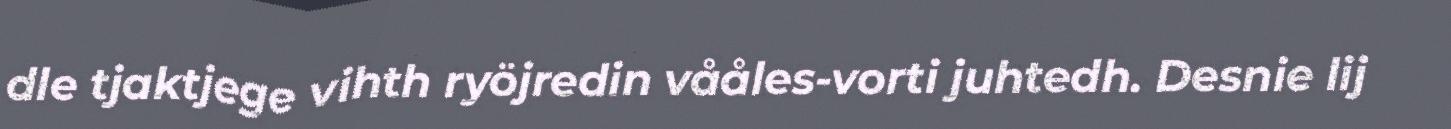
dle tjaktjege vihth ryöjredin vååles-vorti juhtedh. Desnie lij